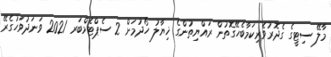
މާލޭ ސިޓީގެ ގެދޮރުވެރިކަމާބެހޭގޮތުން ރައްޔިތުންގެ ޚިޔާލު ހޯދުމަށް 2 ސެޕްޓެމްބަރ 2021 ވަނަދުވަހުގެރޭ